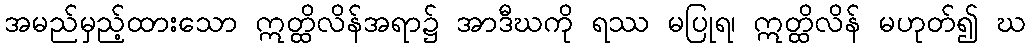
အမည်မှည့်ထားသော ဣတ္ထိလိန်အရာ၌ အာဒီဃကို ရဿ မပြုရ၊ ဣတ္ထိလိန် မဟုတ်၍ ဃ